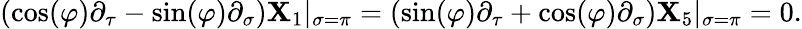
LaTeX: \left(\cos(\varphi)\partial_{\tau}-\sin(\varphi)\partial_{\sigma}\right)\mathbf{X}_{1}|_{\sigma=\pi}=\left(\sin(\varphi)\partial_{\tau}+\cos(\varphi)\partial_{\sigma}\right)\mathbf{X}_{5}|_{\sigma=\pi}=0.